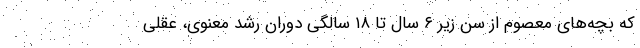
که بچه‌های معصوم از سن زیر ۶ سال تا ۱۸ سالگی دوران رشد معنوی، عقلی